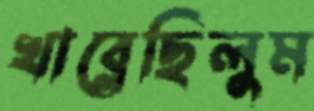
খাব্‌লেছিলুম